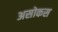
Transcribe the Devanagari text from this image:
असोकस